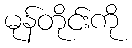
မုန်တိုင်းကို